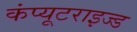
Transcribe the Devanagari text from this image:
कंप्यूटराइज्ड